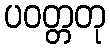
ပဝတ္တတု